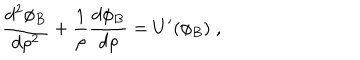
LaTeX: \frac { d ^ { 2 } \phi _ { B } } { d \rho ^ { 2 } } + \frac { 1 } { \rho } \frac { d \phi _ { B } } { d \rho } = U ^ { \prime } ( \phi _ { B } ) \; ,